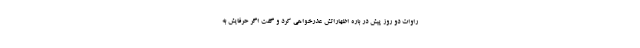
راوات دو روز پیش در باره اظهاراتش عذرخواهی کرد و گفت اگر حرفایش به